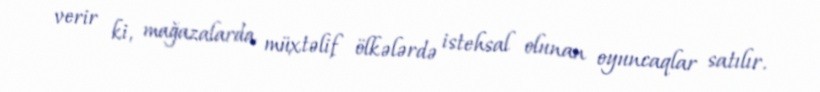
verir ki, mağazalarda müxtəlif ölkələrdə istehsal olunan oyuncaqlar satılır.